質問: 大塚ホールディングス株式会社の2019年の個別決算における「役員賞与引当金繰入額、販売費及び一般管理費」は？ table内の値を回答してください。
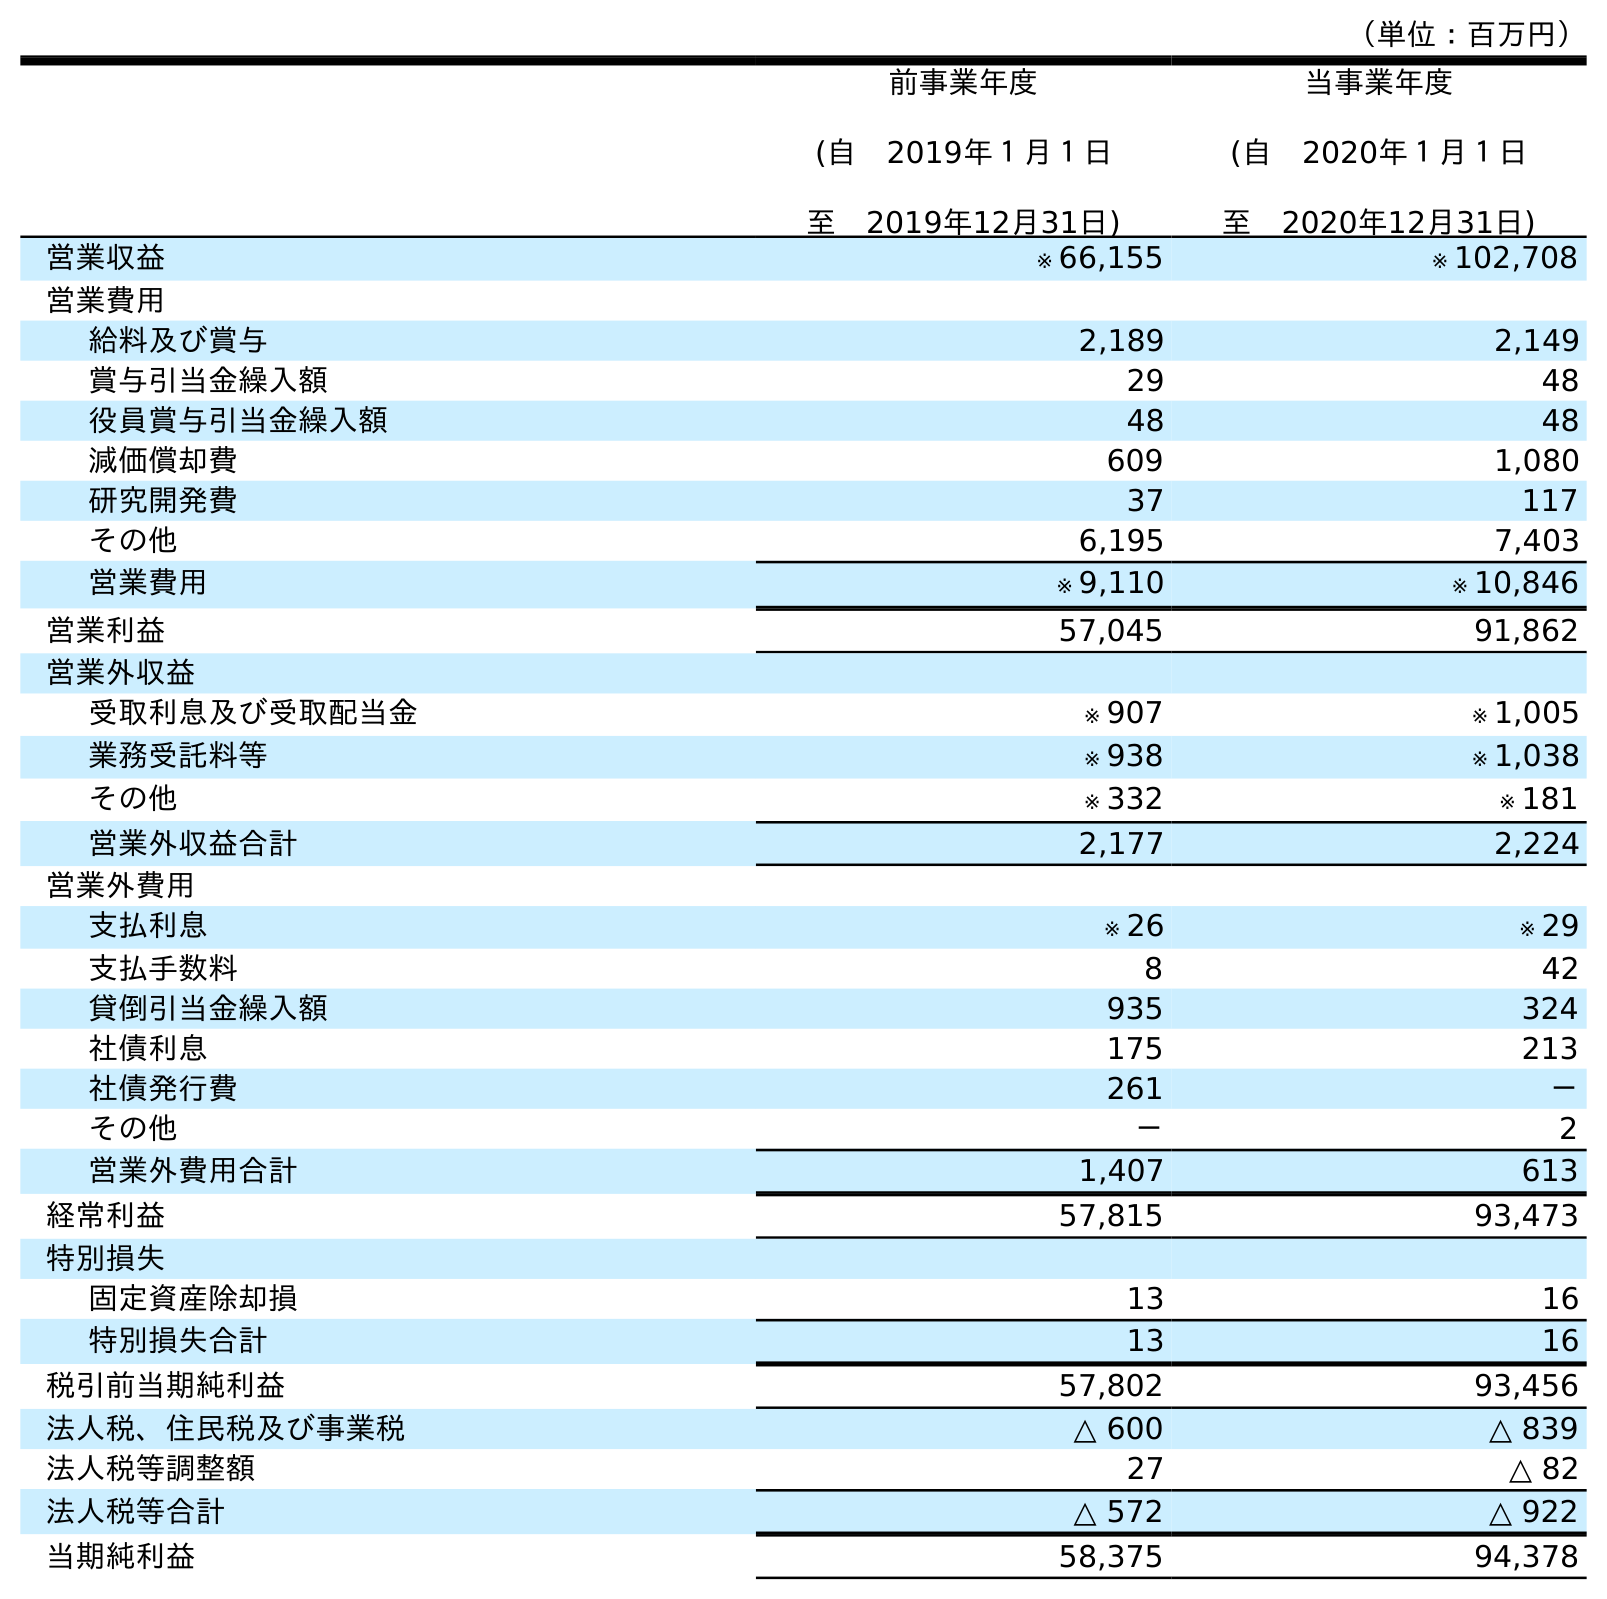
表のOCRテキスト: （単位：百万円） 前事業年度 (自 2019年１月１日 至 2019年12月31日) 当事業年度 (自 2020年１月１日 至 2020年12月31日) 営業収益 ※ 66,155 ※ 102,708 営業費用 給料及び賞与 2,189 2,149 賞与引当金繰入額 29 48 役員賞与引当金繰入額 48 48 減価償却費 609 1,080 研究開発費 37 117 その他 6,195 7,403 営業費用 ※ 9,110 ※ 10,846 営業利益 57,045 91,862 営業外収益 受取利息及び受取配当金 ※ 907 ※ 1,005 業務受託料等 ※ 938 ※ 1,038 その他 ※ 332 ※ 181 営業外収益合計 2,177 2,224 営業外費用 支払利息 ※ 26 ※ 29 支払手数料 8 42 貸倒引当金繰入額 935 324 社債利息 175 213 社債発行費 261 － その他 － 2 営業外費用合計 1,407 613 経常利益 57,815 93,473 特別損失 固定資産除却損 13 16 特別損失合計 13 16 税引前当期純利益 57,802 93,456 法人税、住民税及び事業税 △ 600 △ 839 法人税等調整額 27 △ 82 法人税等合計 △ 572 △ 922 当期純利益 58,375 94,378
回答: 48